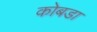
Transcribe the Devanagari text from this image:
कोबडा